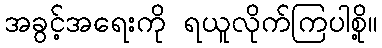
အခွင့်အရေးကို ရယူလိုက်ကြပါစို့။